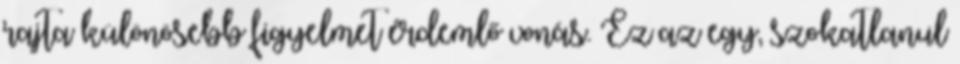
rajta különösebb figyelmet érdemlő vonás. Ez az egy, szokatlanul